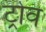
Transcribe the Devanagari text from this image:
ट्रोव